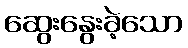
ဆွေးနွေးခဲ့သော